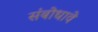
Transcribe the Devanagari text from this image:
संबोधावे